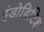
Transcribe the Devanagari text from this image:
इंडोब्रिटिश